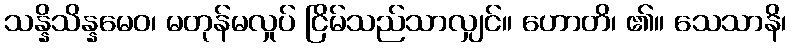
သန္နိသိန္နမေဝ၊ မတုန်မလှုပ် ငြိမ်သည်သာလျှင်။ ဟောတိ၊ ၏။ သေသာနိ၊